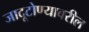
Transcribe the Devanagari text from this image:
जादूटोण्यावरील